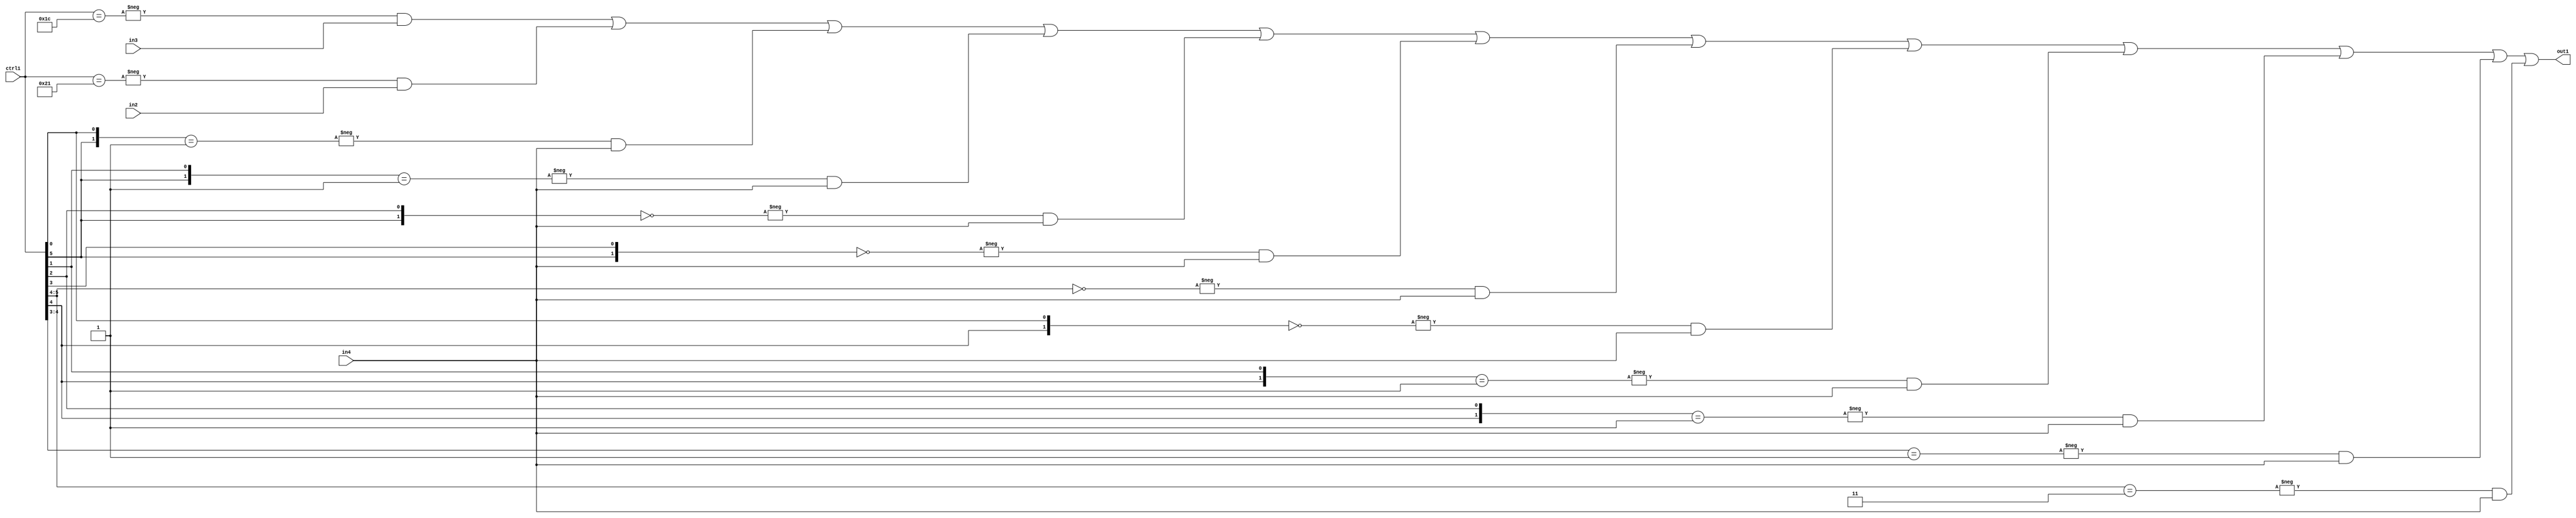
`timescale 1ps / 1ps
/*****************************************************************************
    Verilog RTL Description
    
    
    Created by: Stratus DpOpt 21.05.01 
*******************************************************************************/

module SobelFilter_N_Mux_32_3_96_1 (
	in4,
	in3,
	in2,
	ctrl1,
	out1
	); /* architecture "behavioural" */ 
input [31:0] in4;
input [8:0] in3,
	in2;
input [5:0] ctrl1;
output [31:0] out1;
wire [31:0] asc001;

assign asc001 = 
	-{ctrl1 == 6'B011100} & in3 |
	-{ctrl1 == 6'B100001} & in2 |
	-{{ctrl1[5], ctrl1[0]} == 2'B01} & in4 |
	-{{ctrl1[5], ctrl1[1]} == 2'B01} & in4 |
	-{{ctrl1[5], ctrl1[2]} == 2'B00} & in4 |
	-{{ctrl1[5], ctrl1[3]} == 2'B00} & in4 |
	-{ctrl1[5:4] == 2'B00} & in4 |
	-{{ctrl1[4], ctrl1[0]} == 2'B00} & in4 |
	-{{ctrl1[4], ctrl1[1]} == 2'B01} & in4 |
	-{{ctrl1[4], ctrl1[2]} == 2'B01} & in4 |
	-{ctrl1[4:3] == 2'B01} & in4 |
	-{ctrl1[5:4] == 2'B11} & in4 ;

assign out1 = asc001;
endmodule

/* CADENCE  vLD1Twk= : u9/ySxbfrwZIxEzHVQQV8Q== ** DO NOT EDIT THIS LINE ******/